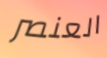
العنصر